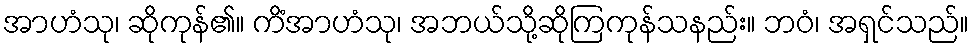
အာဟံသု၊ ဆိုကုန်၏။ ကိံအာဟံသု၊ အဘယ်သို့ဆိုကြကုန်သနည်း။ ဘဝံ၊ အရှင်သည်။